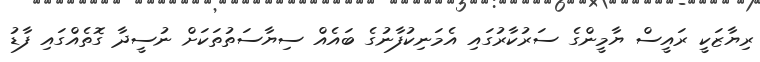
ރިޔާޒަކީ ރައީސް ޔާމީންގެ ސަރުކާރުގައި އެމަނިކުފާނުގެ ބައެއް ސިޔާސަތުތަކަށް ނުސީދާ ގޮތެއްގައި ފާޑު